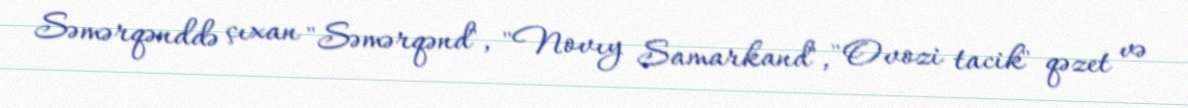
Səmərqənddə çıxan "Səmərqənd", "Novıy Samarkand", "Ovozi tacik" qəzet və